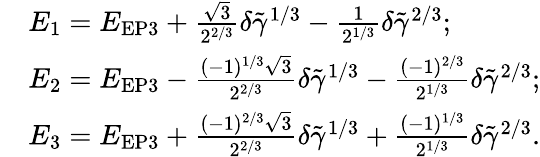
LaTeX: \begin{array}{rl}&{E_{1}=E_{\mathrm{EP3}}+\frac{\sqrt{3}}{2^{2/3}}\delta\tilde{\gamma}^{1/3}-\frac{1}{2^{1/3}}\delta\tilde{\gamma}^{2/3};}\\ &{E_{2}=E_{\mathrm{EP3}}-\frac{(-1)^{1/3}\sqrt{3}}{2^{2/3}}\delta\tilde{\gamma}^{1/3}-\frac{(-1)^{2/3}}{2^{1/3}}\delta\tilde{\gamma}^{2/3};}\\ &{E_{3}=E_{\mathrm{EP3}}+\frac{(-1)^{2/3}\sqrt{3}}{2^{2/3}}\delta\tilde{\gamma}^{1/3}+\frac{(-1)^{1/3}}{2^{1/3}}\delta\tilde{\gamma}^{2/3}.}\end{array}